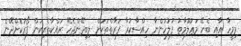
މިމީހާ އާއި ބެހޭ މަޢުލޫމާތު ފުލުހުންނާ ހިއްސާކުރާ ފަރާތްތަކަށް ލިބިދޭންޖެހޭ ރައްކާތެރިކަން ފޯރުކޮށްދޭނެ